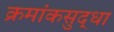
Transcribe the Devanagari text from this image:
क्रमांकसुद्धा